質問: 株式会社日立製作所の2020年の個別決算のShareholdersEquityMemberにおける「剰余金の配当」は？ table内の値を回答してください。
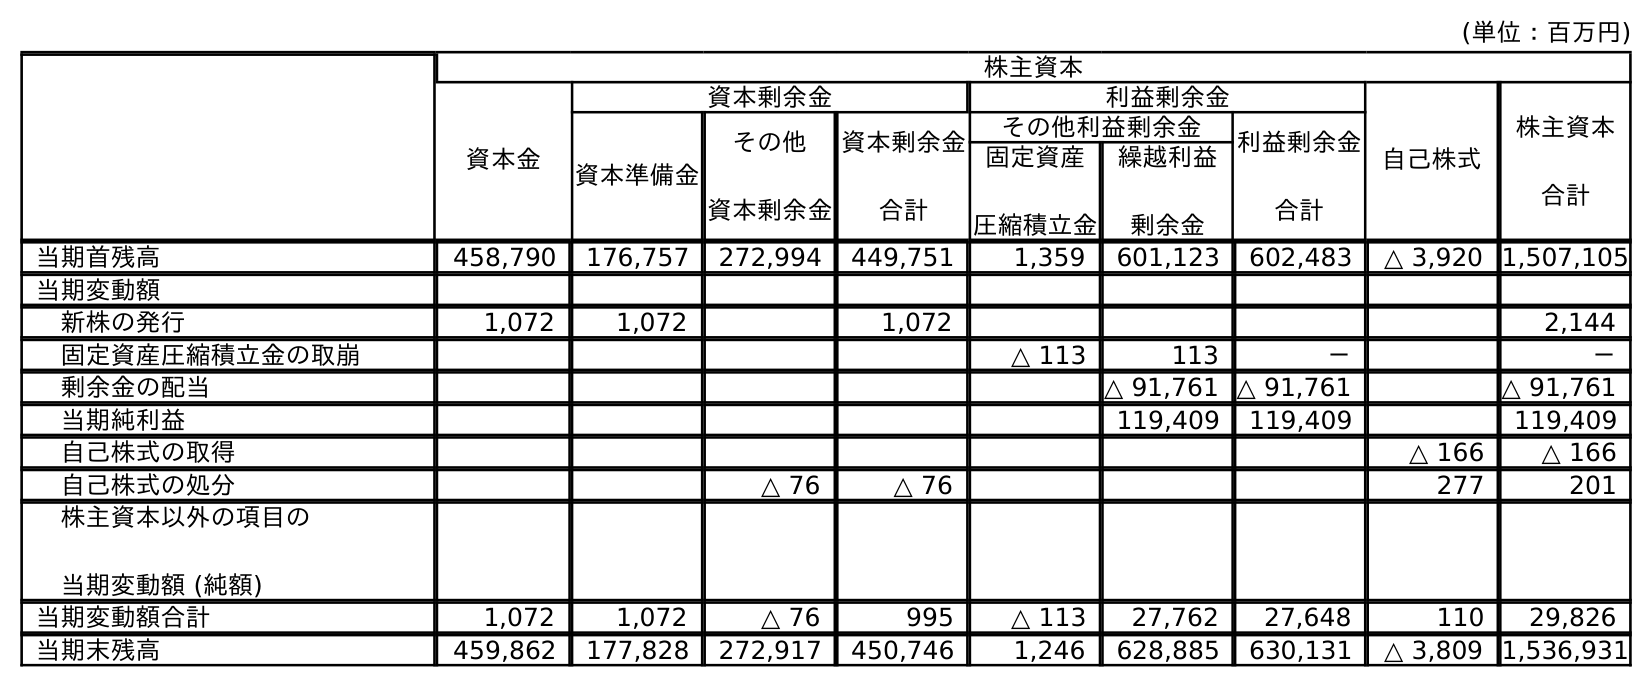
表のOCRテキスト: (単位：百万円) 株主資本 資本金 資本剰余金 利益剰余金 自己株式 株主資本 合計 資本準備金 その他 資本剰余金 資本剰余金 合計 その他利益剰余金 利益剰余金 合計 固定資産 圧縮積立金 繰越利益 剰余金 当期首残高 458,790 176,757 272,994 449,751 1,359 601,123 602,483 △ 3,920 1,507,105 当期変動額 新株の発行 1,072 1,072 1,072 2,144 固定資産圧縮積立金の取崩 △ 113 113 － － 剰余金の配当 △ 91,761 △ 91,761 △ 91,761 当期純利益 119,409 119,409 119,409 自己株式の取得 △ 166 △ 166 自己株式の処分 △ 76 △ 76 277 201 株主資本以外の項目の 当期変動額 (純額) 当期変動額合計 1,072 1,072 △ 76 995 △ 113 27,762 27,648 110 29,826 当期末残高 459,862 177,828 272,917 450,746 1,246 628,885 630,131 △ 3,809 1,536,931
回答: △91,761